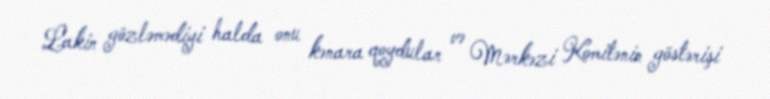
Lakin gözləmədiyi halda onu kənara qoydular və Mərkəzi Komitənin göstərişi